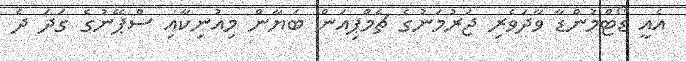
އެއީ ޑޯޓްމުންޑާ ވާދަވެރި ޖަރުމަނުގެ ޗެމްޕިއަން ބަޔާން މިއުނިކާއި ސްޕޭނުގެ ގަދަ ދެ